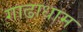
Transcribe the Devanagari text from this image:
गाढाधाम